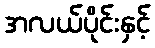
အလယ်ပိုင်းနှင့်